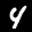
Label: 4